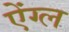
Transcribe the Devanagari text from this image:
ऐंग्ल